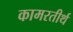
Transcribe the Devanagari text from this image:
कामरतीर्थ